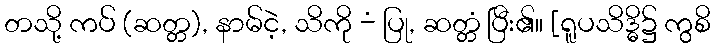
တသို့ ကပ် (ဆတ္တ), နာမ်ငဲ့, သိကို -ံ ပြု, ဆတ္တံ ပြီး၏။ [ရူပသိဒ္ဓိ၌ ကွစိ